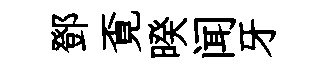
鄧覔暌闻牙